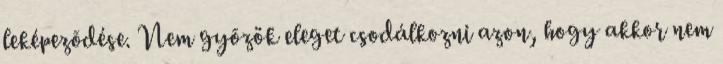
leképezõdése. Nem gyõzök eleget csodálkozni azon, hogy akkor nem